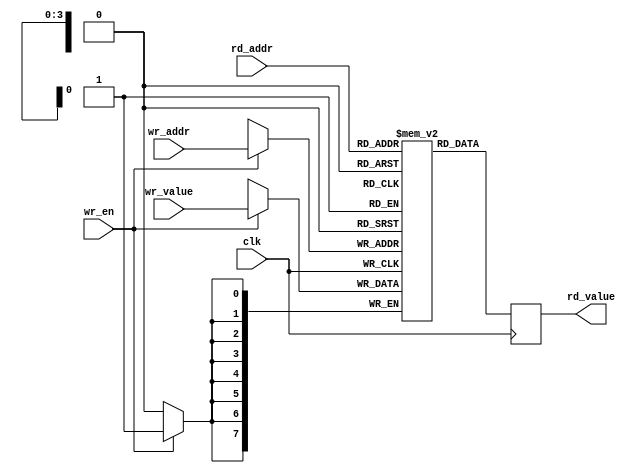
module memtest01(clk, wr_en, wr_addr, wr_value, rd_addr, rd_value);
input clk, wr_en;
input [3:0] wr_addr, rd_addr;
input [7:0] wr_value;
output reg [7:0] rd_value;
reg [7:0] data [15:0];
always @(posedge clk)
	if (wr_en)
		data[wr_addr] <= wr_value;
always @(posedge clk)
	rd_value <= data[rd_addr];
endmodule